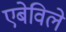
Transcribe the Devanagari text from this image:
एबेविले